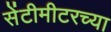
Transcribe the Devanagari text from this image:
सेंटीमीटरच्या